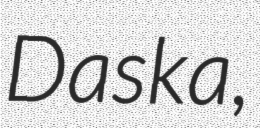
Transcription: Daska,